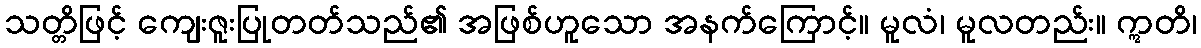
သတ္တိဖြင့် ကျေးဇူးပြုတတ်သည်၏ အဖြစ်ဟူသော အနက်ကြောင့်။ မူလံ၊ မူလတည်း။ ဣတိ၊